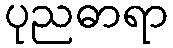
ပုညဓာရာ